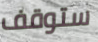
ستوقف